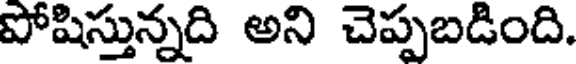
పోషిస్తున్నది అని చెప్పబడింది.